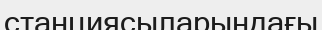
станциясыларындағы